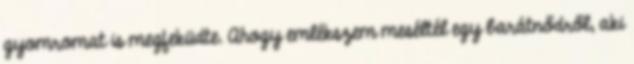
gyomromat is megfeküdte. Ahogy emlékszem meséltél egy barátnődről, aki